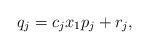
LaTeX: \begin{align*}q_j = c_j x_1 p_{j} + r_j,\end{align*}